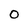
Character: 0